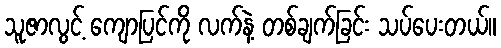
သူဇာလွင့် ကျောပြင်ကို လက်နဲ့ တစ်ချက်ခြင်း သပ်ပေးတယ်။